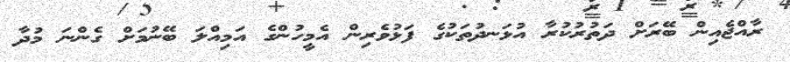
ރާއްޖެއިން ބޭރަށް ދަތުރުކުރާ އުޅަނދުތަކުގެ ފަޅުވެރިން އެމީހުންގެ އަމިއްލަ ބޭނުމަށް ގެންނަ މުދާ